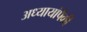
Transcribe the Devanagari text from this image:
अध्यायांपैकी